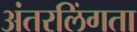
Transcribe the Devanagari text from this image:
अंतरलिंगता